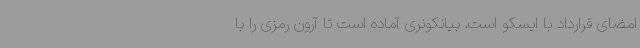
امضای قرارداد با ایسکو است. بیانکونری آماده است تا آرون رمزی را با